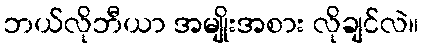
ဘယ်လိုဘီယာ အမျိုးအစား လိုချင်လဲ။